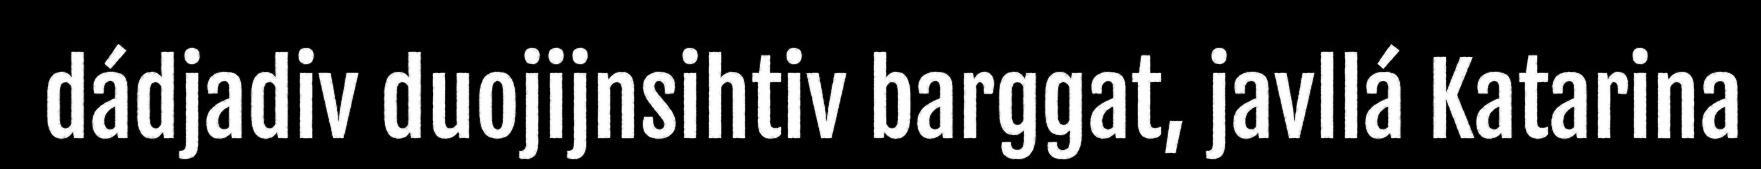
dádjadiv duojijnsihtiv barggat, javllá Katarina